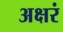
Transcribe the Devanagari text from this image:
अक्षरं